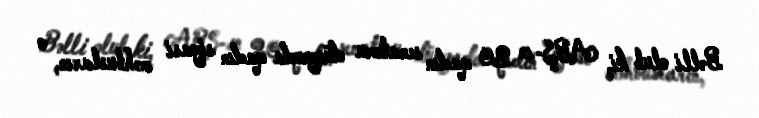
Bəlli olub ki, ABŞ-ın 20 qadın senatoru dünyada qadın siyasi məhbusların, o